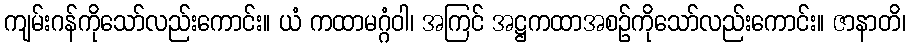
ကျမ်းဂန်ကိုသော်လည်းကောင်း။ ယံ ကထာမဂ္ဂံဝါ၊ အကြင် အဋ္ဌကထာအစဉ်ကိုသော်လည်းကောင်း။ ဇာနာတိ၊